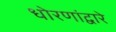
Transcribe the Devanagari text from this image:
धोरणांद्वारे